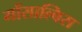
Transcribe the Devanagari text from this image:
गोंसाल्विस